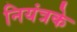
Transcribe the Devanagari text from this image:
नियंत्रके